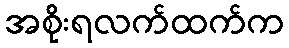
အစိုးရလက်ထက်က